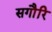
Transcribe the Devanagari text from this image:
सगौरि